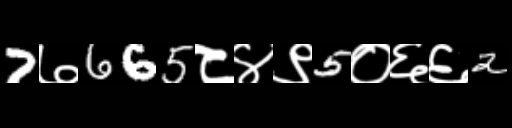
Text: 7७665८४९5०६६2